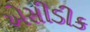
એસીડીક